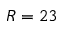
R = 2 3